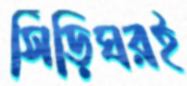
সিঁড়িঘরই